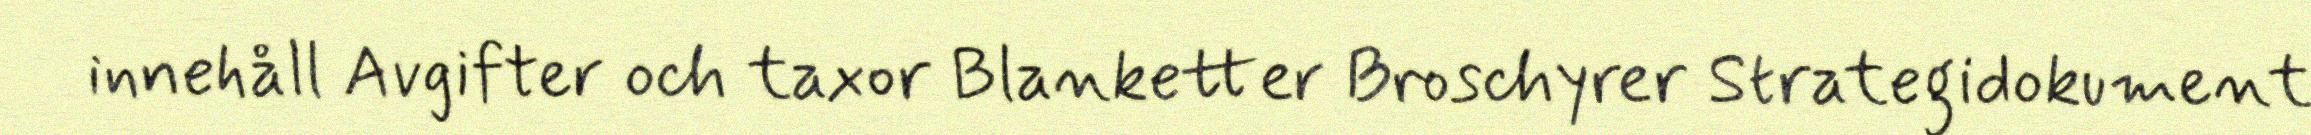
innehåll Avgifter och taxor Blanketter Broschyrer Strategidokument